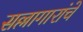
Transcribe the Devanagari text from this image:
सल्लागारांचे